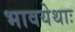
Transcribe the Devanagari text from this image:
भावयेथाः